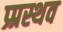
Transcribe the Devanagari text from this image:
प्र्प्रस्थव